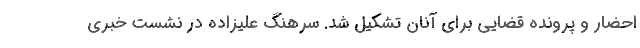
احضار و پرونده قضایی برای آنان تشکیل شد. سرهنگ علیزاده در نشست خبری